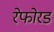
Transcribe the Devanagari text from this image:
रेफोरड